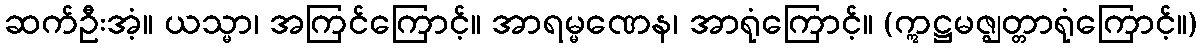
ဆက်ဦးအံ့။ ယသ္မာ၊ အကြင်ကြောင့်။ အာရမ္မဏေန၊ အာရုံကြောင့်။ (ဣဋ္ဌမဇ္ဈတ္တာရုံကြောင့်။)